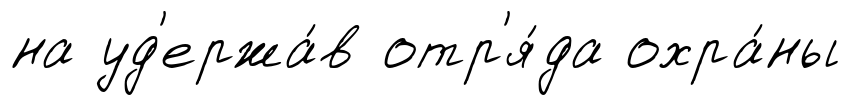
на уд'ержа́в отр'я́да охра́ны